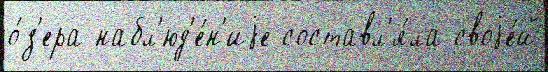
о́з'ера набл'юд'е́н'иjе составл'я́ла своjе́й